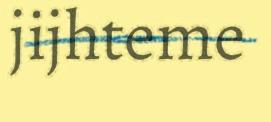
jijhteme